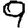
Digit: 9